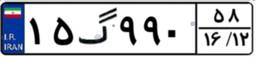
۵۷گ۹۲۷۰۵